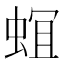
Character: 𮔎